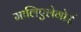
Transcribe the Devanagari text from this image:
मालिएलेगोई